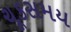
ચૂકસમય